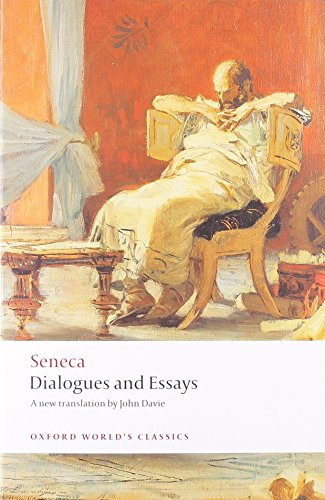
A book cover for Dialogues and Essays (Oxford World's Classics); Seneca; Politics & Social Sciences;